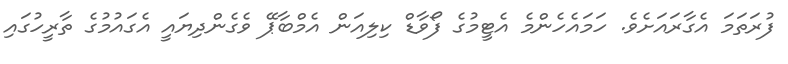
ފުރަތަމަ އެގާރައަށެވެ. ހަމައެހެންމެ އެޓީމުގެ ފޯވާޑް ކިލިއަން އެމްބާޕޭ ވެގެންދިޔައީ އެގައުމުގެ ތާރީހުގައި